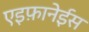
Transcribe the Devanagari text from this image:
एइफ़ानेईस